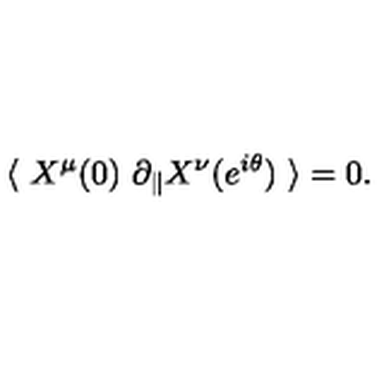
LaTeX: \langle \ X ^ { \mu } ( 0 ) \ \partial _ { \parallel } X ^ { \nu } ( e ^ { i \theta } ) \ \rangle = 0 .